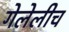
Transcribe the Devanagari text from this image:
गेलेलीच